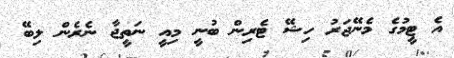
އެ ޓީމުގެ މެނޭޖަރު ހިޝޭ ޓެރިން ބުނީ މިއީ ނަތީޖާ ނެރެން ލިބޭ